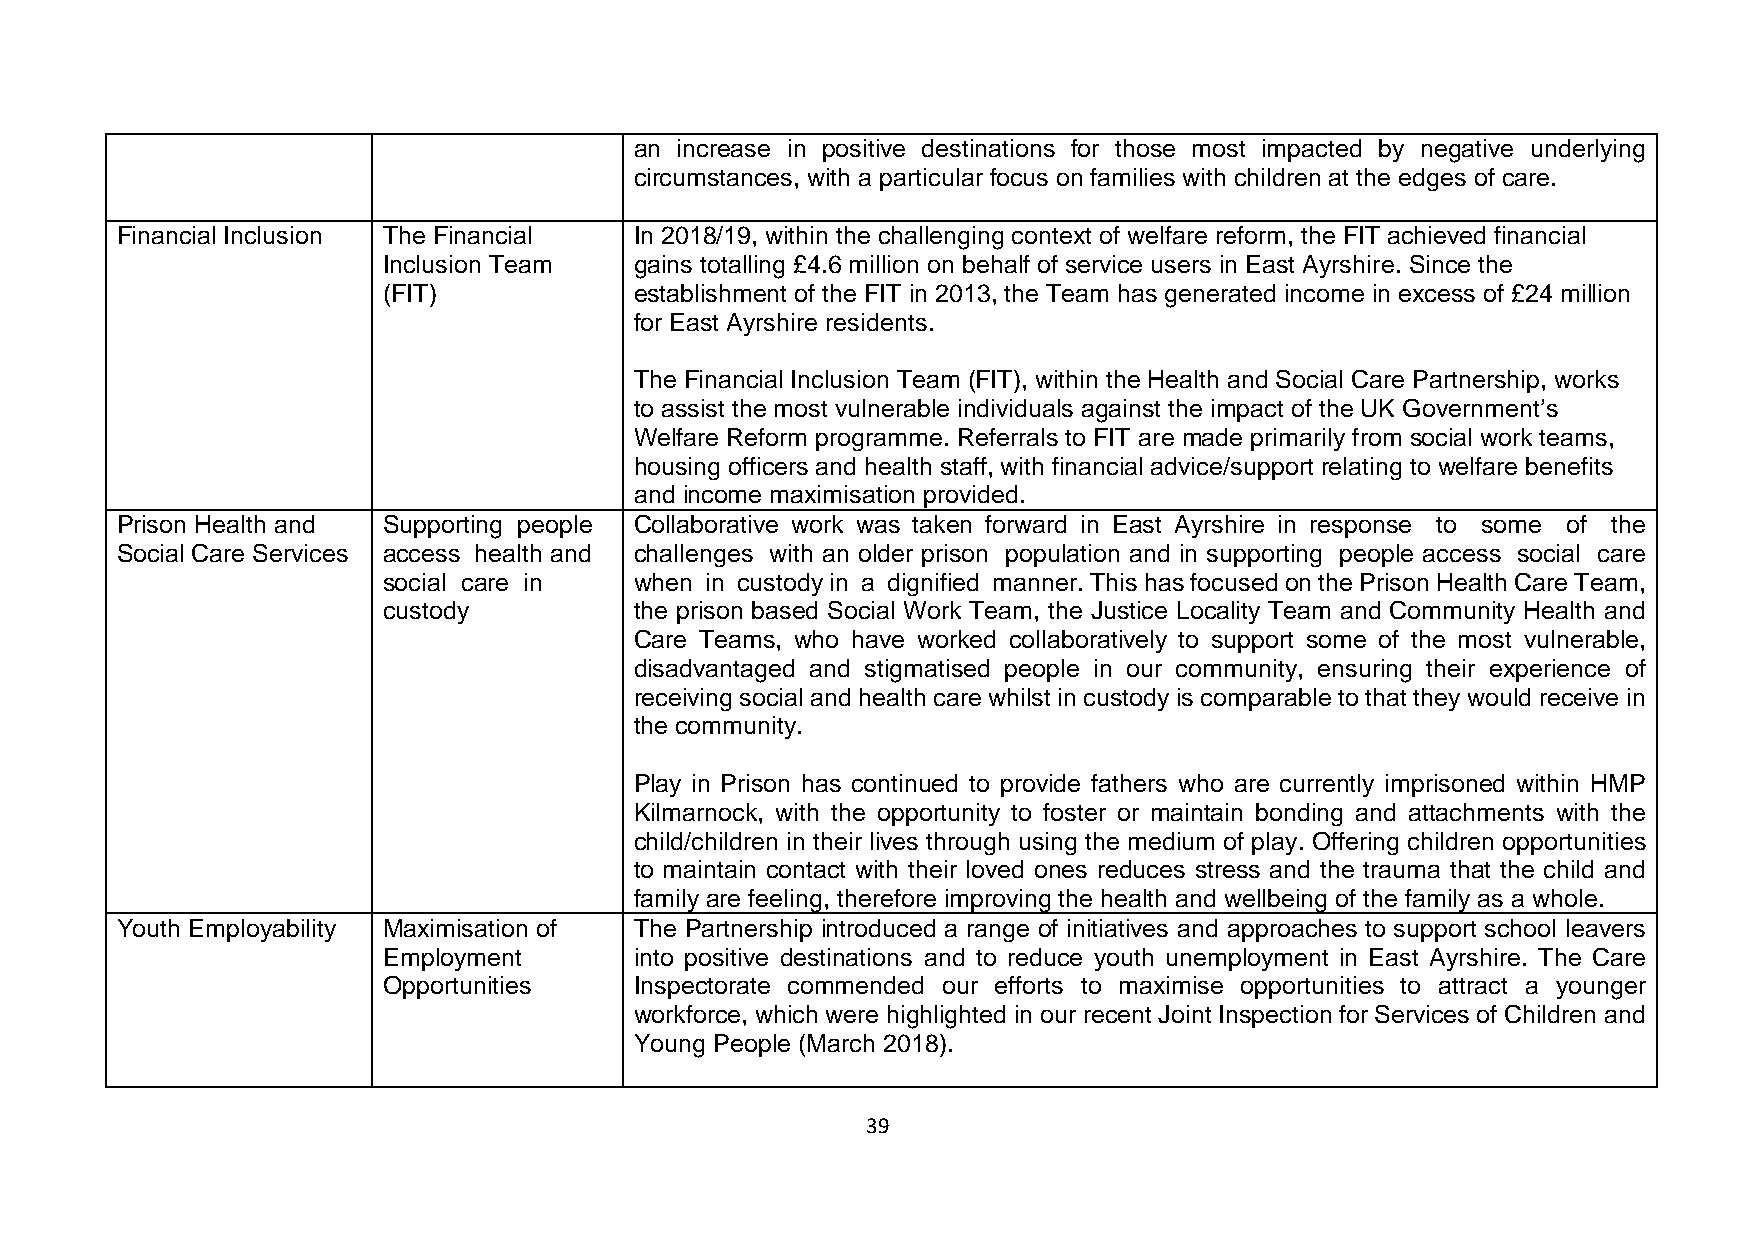
an increase in positive destinations for those most impacted by negative underlying
 circumstances, with a particular focus on families with children at the edges of care.
 Financial Inclusion The Financial In 2018/19, within the challenging context of welfare reform, the FIT achieved financial
 Inclusion Team   gains totalling £4.6 million on behalf of service users in East Ayrshire. Since the
 (FIT)            establishment of the FIT in 2013, the Team has generated income in excess of £24 million
 for East Ayrshire residents.
 The Financial Inclusion Team (FIT), within the Health and Social Care Partnership, works
 to assist the most vulnerable individuals against the impact of the UK Government’s
 Welfare Reform programme. Referrals to FIT are made primarily from social work teams,
 housing officers and health staff, with financial advice/support relating to welfare benefits
 and income maximisation provided.
 Prison Health and Supporting people Collaborative work was taken forward in East Ayrshire in response to some of the
 Social Care Services access health and challenges with an older prison population and in supporting people access social care
 social care in   when in custody in a dignified manner. This has focused on the Prison Health Care Team,
 custody          the prison based Social Work Team, the Justice Locality Team and Community Health and
 Care Teams, who have worked collaboratively to support some of the most vulnerable,
 disadvantaged and stigmatised people in our community, ensuring their experience of
 receiving social and health care whilst in custody is comparable to that they would receive in
 the community.
 Play in Prison has continued to provide fathers who are currently imprisoned within HMP
 Kilmarnock, with the opportunity to foster or maintain bonding and attachments with the
 child/children in their lives through using the medium of play. Offering children opportunities
 to maintain contact with their loved ones reduces stress and the trauma that the child and
 family are feeling, therefore improving the health and wellbeing of the family as a whole.
 Youth Employability Maximisation of The Partnership introduced a range of initiatives and approaches to support school leavers
 Employment       into positive destinations and to reduce youth unemployment in East Ayrshire. The Care
 Opportunities    Inspectorate commended our efforts to maximise opportunities to attract a younger
 workforce, which were highlighted in our recent Joint Inspection for Services of Children and
 Young People (March 2018).
 39